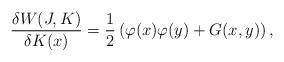
LaTeX: \begin{align*}\frac{\delta W(J,K)}{\delta K(x)}=\frac{1}{2}\left( \varphi(x) \varphi(y)+ G(x,y)\right),\end{align*}